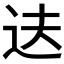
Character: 𬨝